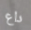
داع